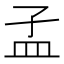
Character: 𥁂